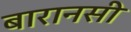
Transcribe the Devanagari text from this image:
बारानसी